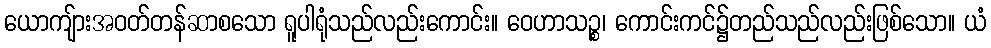
ယောကျ်ားအဝတ်တန်ဆာစသော ရူပါရုံသည်လည်းကောင်း။ ဝေဟာသဉ္စ၊ ကောင်းကင်၌တည်သည်လည်းဖြစ်သော။ ယံ